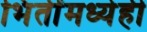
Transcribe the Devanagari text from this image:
भिंतींमध्येही